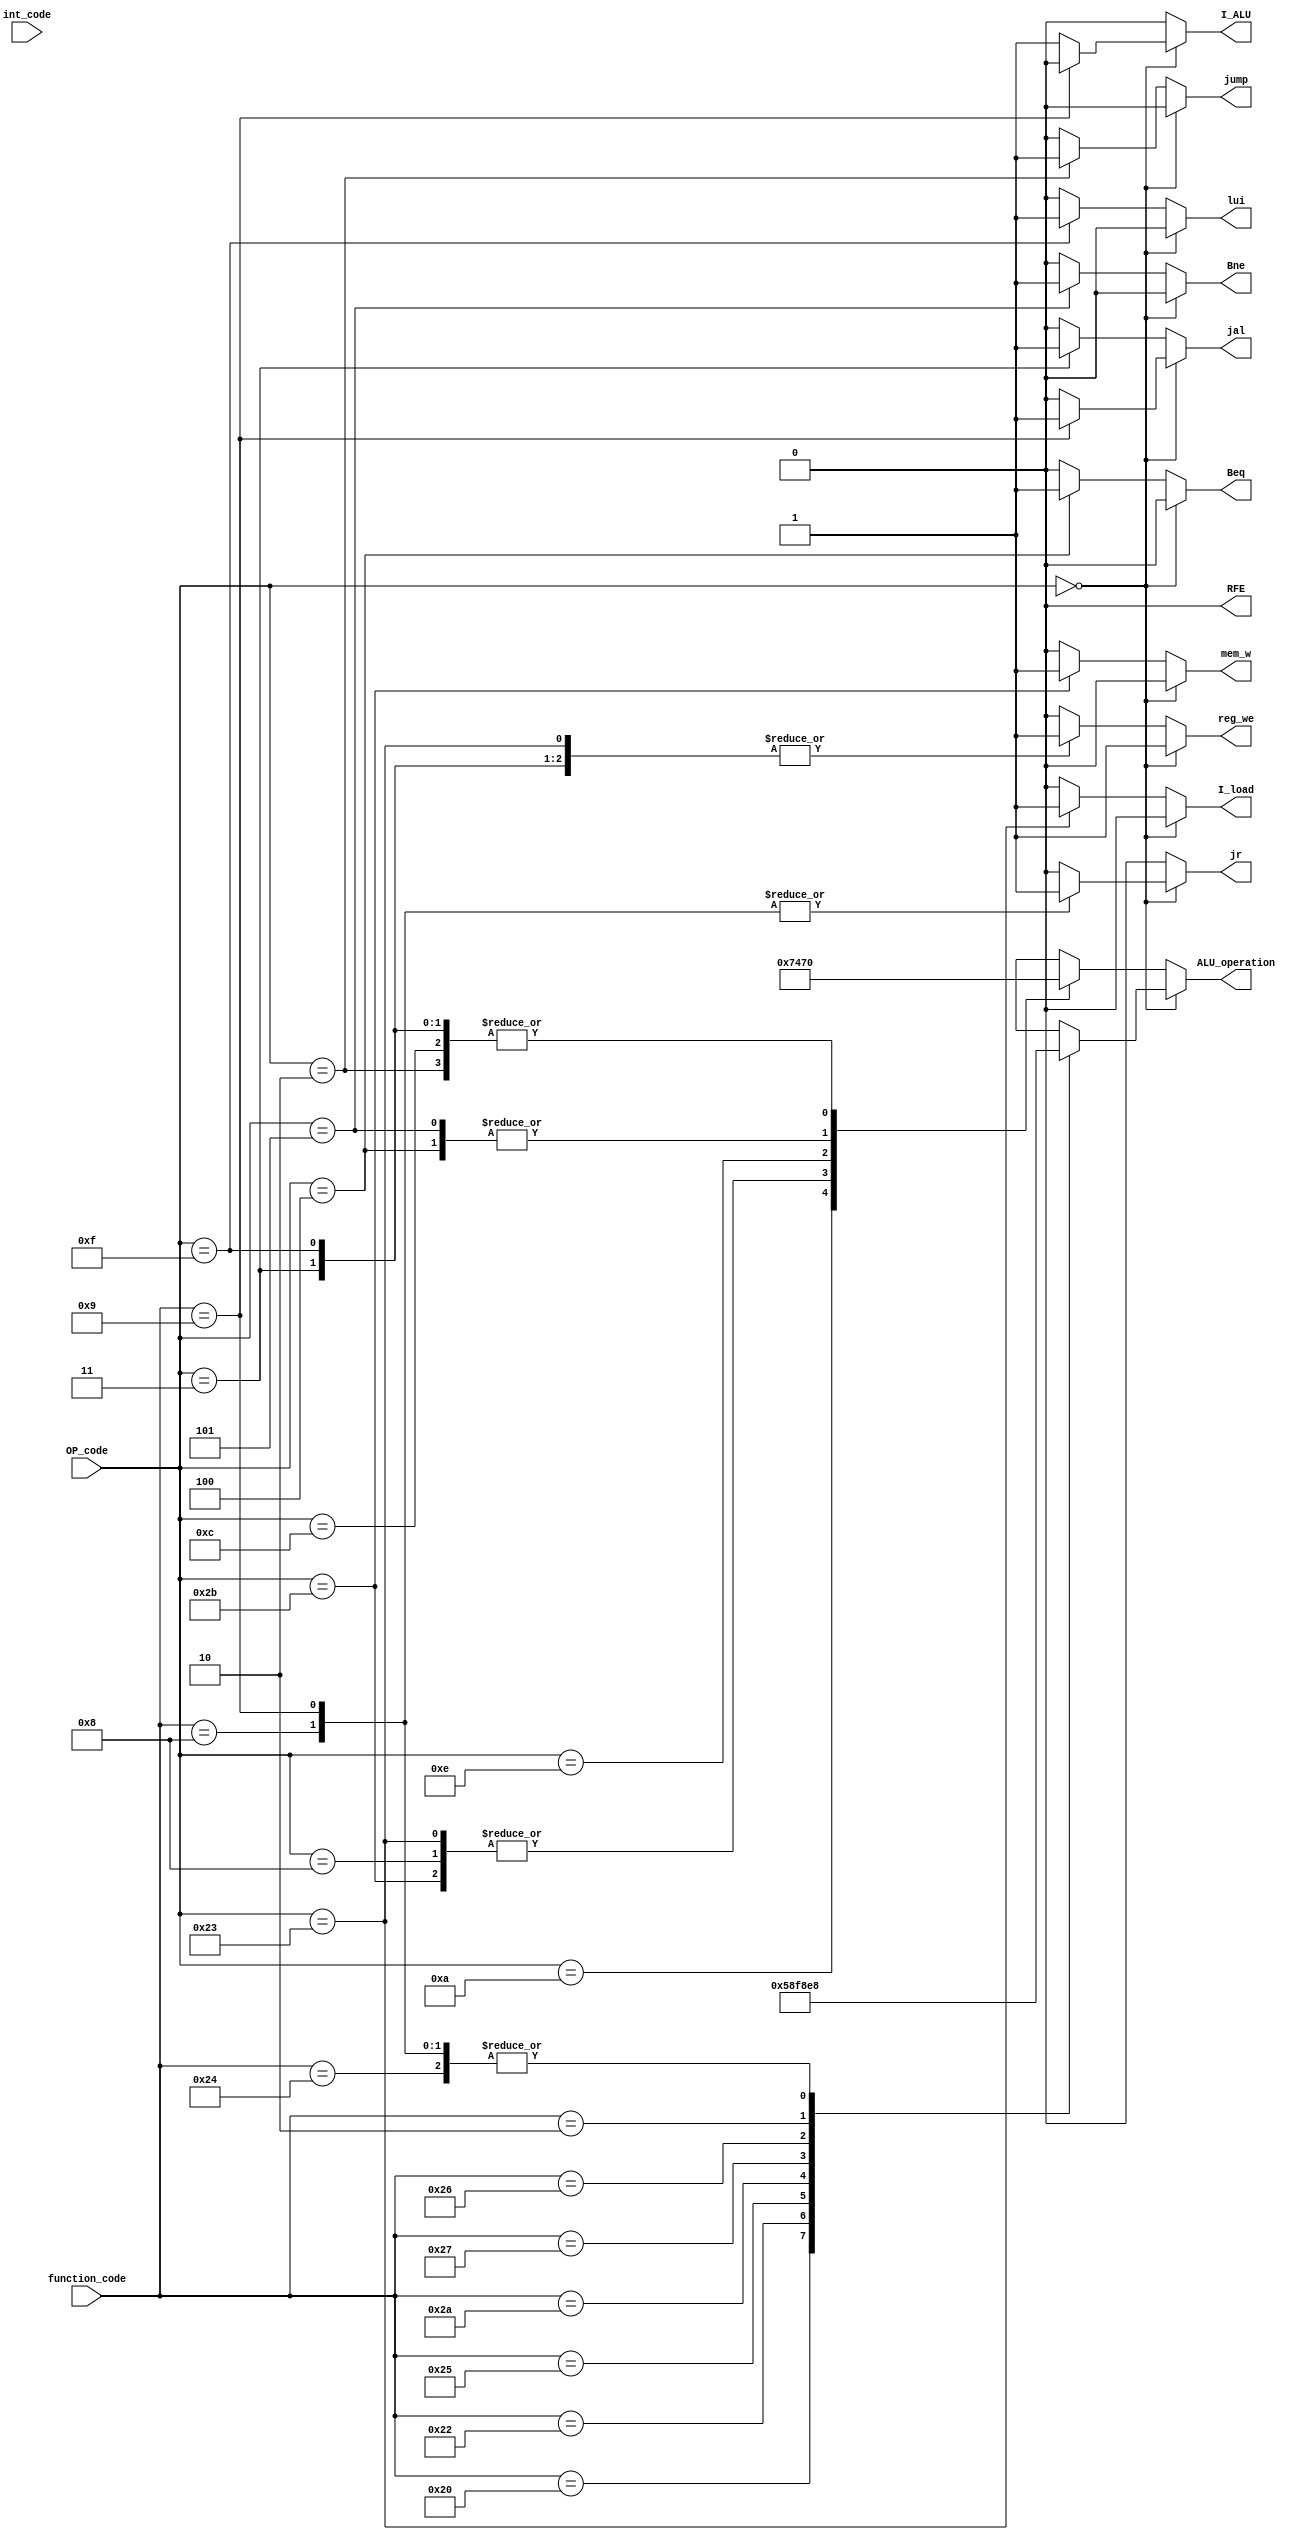
`timescale 1ns / 1ps
//////////////////////////////////////////////////////////////////////////////////
// Company: 
// Engineer: 
// 
// Design Name: 
// Module Name:    Controler_decode 
// Project Name: 
// Target Devices: 
// Tool versions: 
// Description: 
//
// Dependencies: 
//
// Revision: 
// Revision 0.01 - File Created
// Additional Comments: 
//
//////////////////////////////////////////////////////////////////////////////////
module Decode_Inst( input wire[5:0] OP_code, 
           input wire[5:0] function_code, 
           input wire int_code, 
           output reg jump, output reg jal, 
           output reg Bne, output reg Beq, 
           output reg lui, output reg jr,  
           output reg I_ALU, output reg reg_we, 
           output reg RFE, output reg mem_w, 
           output reg I_load, 
           output reg [2:0]  ALU_operation 
           );

 always @ * begin
       jump =0;
       jal = 0;
       Bne = 0;
       Beq = 0;
       lui = 0;
       jr = 0;
       I_ALU = 0;
       ALU_operation = 0;
       reg_we = 0;
       RFE = 0;
       mem_w = 0;
       I_load = 0;
       if(OP_code == 6'b000000)begin
           I_ALU = 1;
           reg_we = 1;
           case(function_code)
                 6'b100000: ALU_operation = 010;//add
                 6'b100010: ALU_operation = 110;//sub
                 6'b100100: ALU_operation = 000;//and
                 6'b100101: ALU_operation = 001;//or
                 6'b101010: ALU_operation = 111;//slt
                 6'b100111: ALU_operation = 100;//nor
                 6'h26:     ALU_operation = 011;//xor
                 6'h02:     ALU_operation = 101;//srl
                 6'h08:     jr = 1;             //jr
					  6'h09:     begin I_ALU=0;jr=1;jal=1;end//jalr				  
                 default: ALU_operation = 3'bx;
            endcase
         end
         else
         begin
         case(OP_code)
             6'b100011: begin ALU_operation = 010; reg_we = 1; I_load=1;end//lw
             6'b101011: begin ALU_operation = 010; mem_w = 1;end//sw
             6'b000100: begin ALU_operation = 110; Beq = 1; end//beq
				 6'h0a:     begin ALU_operation = 111; reg_we = 1; end//slti
             6'h08:     begin ALU_operation = 010; reg_we = 1; end//addi
             6'h0c:     begin ALU_operation = 000; reg_we = 1; end//andi
             6'h0e:     begin ALU_operation = 001; reg_we = 1; end//xori				 
             6'h05:     begin ALU_operation = 110; Bne = 1;   end//bne
             6'h02:     jump = 1;//j
             6'h03:     begin jal = 1; reg_we = 1;  end//jal            
             6'h0f:     begin lui = 1; reg_we = 1;  end//lui
             default: ALU_operation = 3'bx;
          endcase
          end
 end 
endmodule